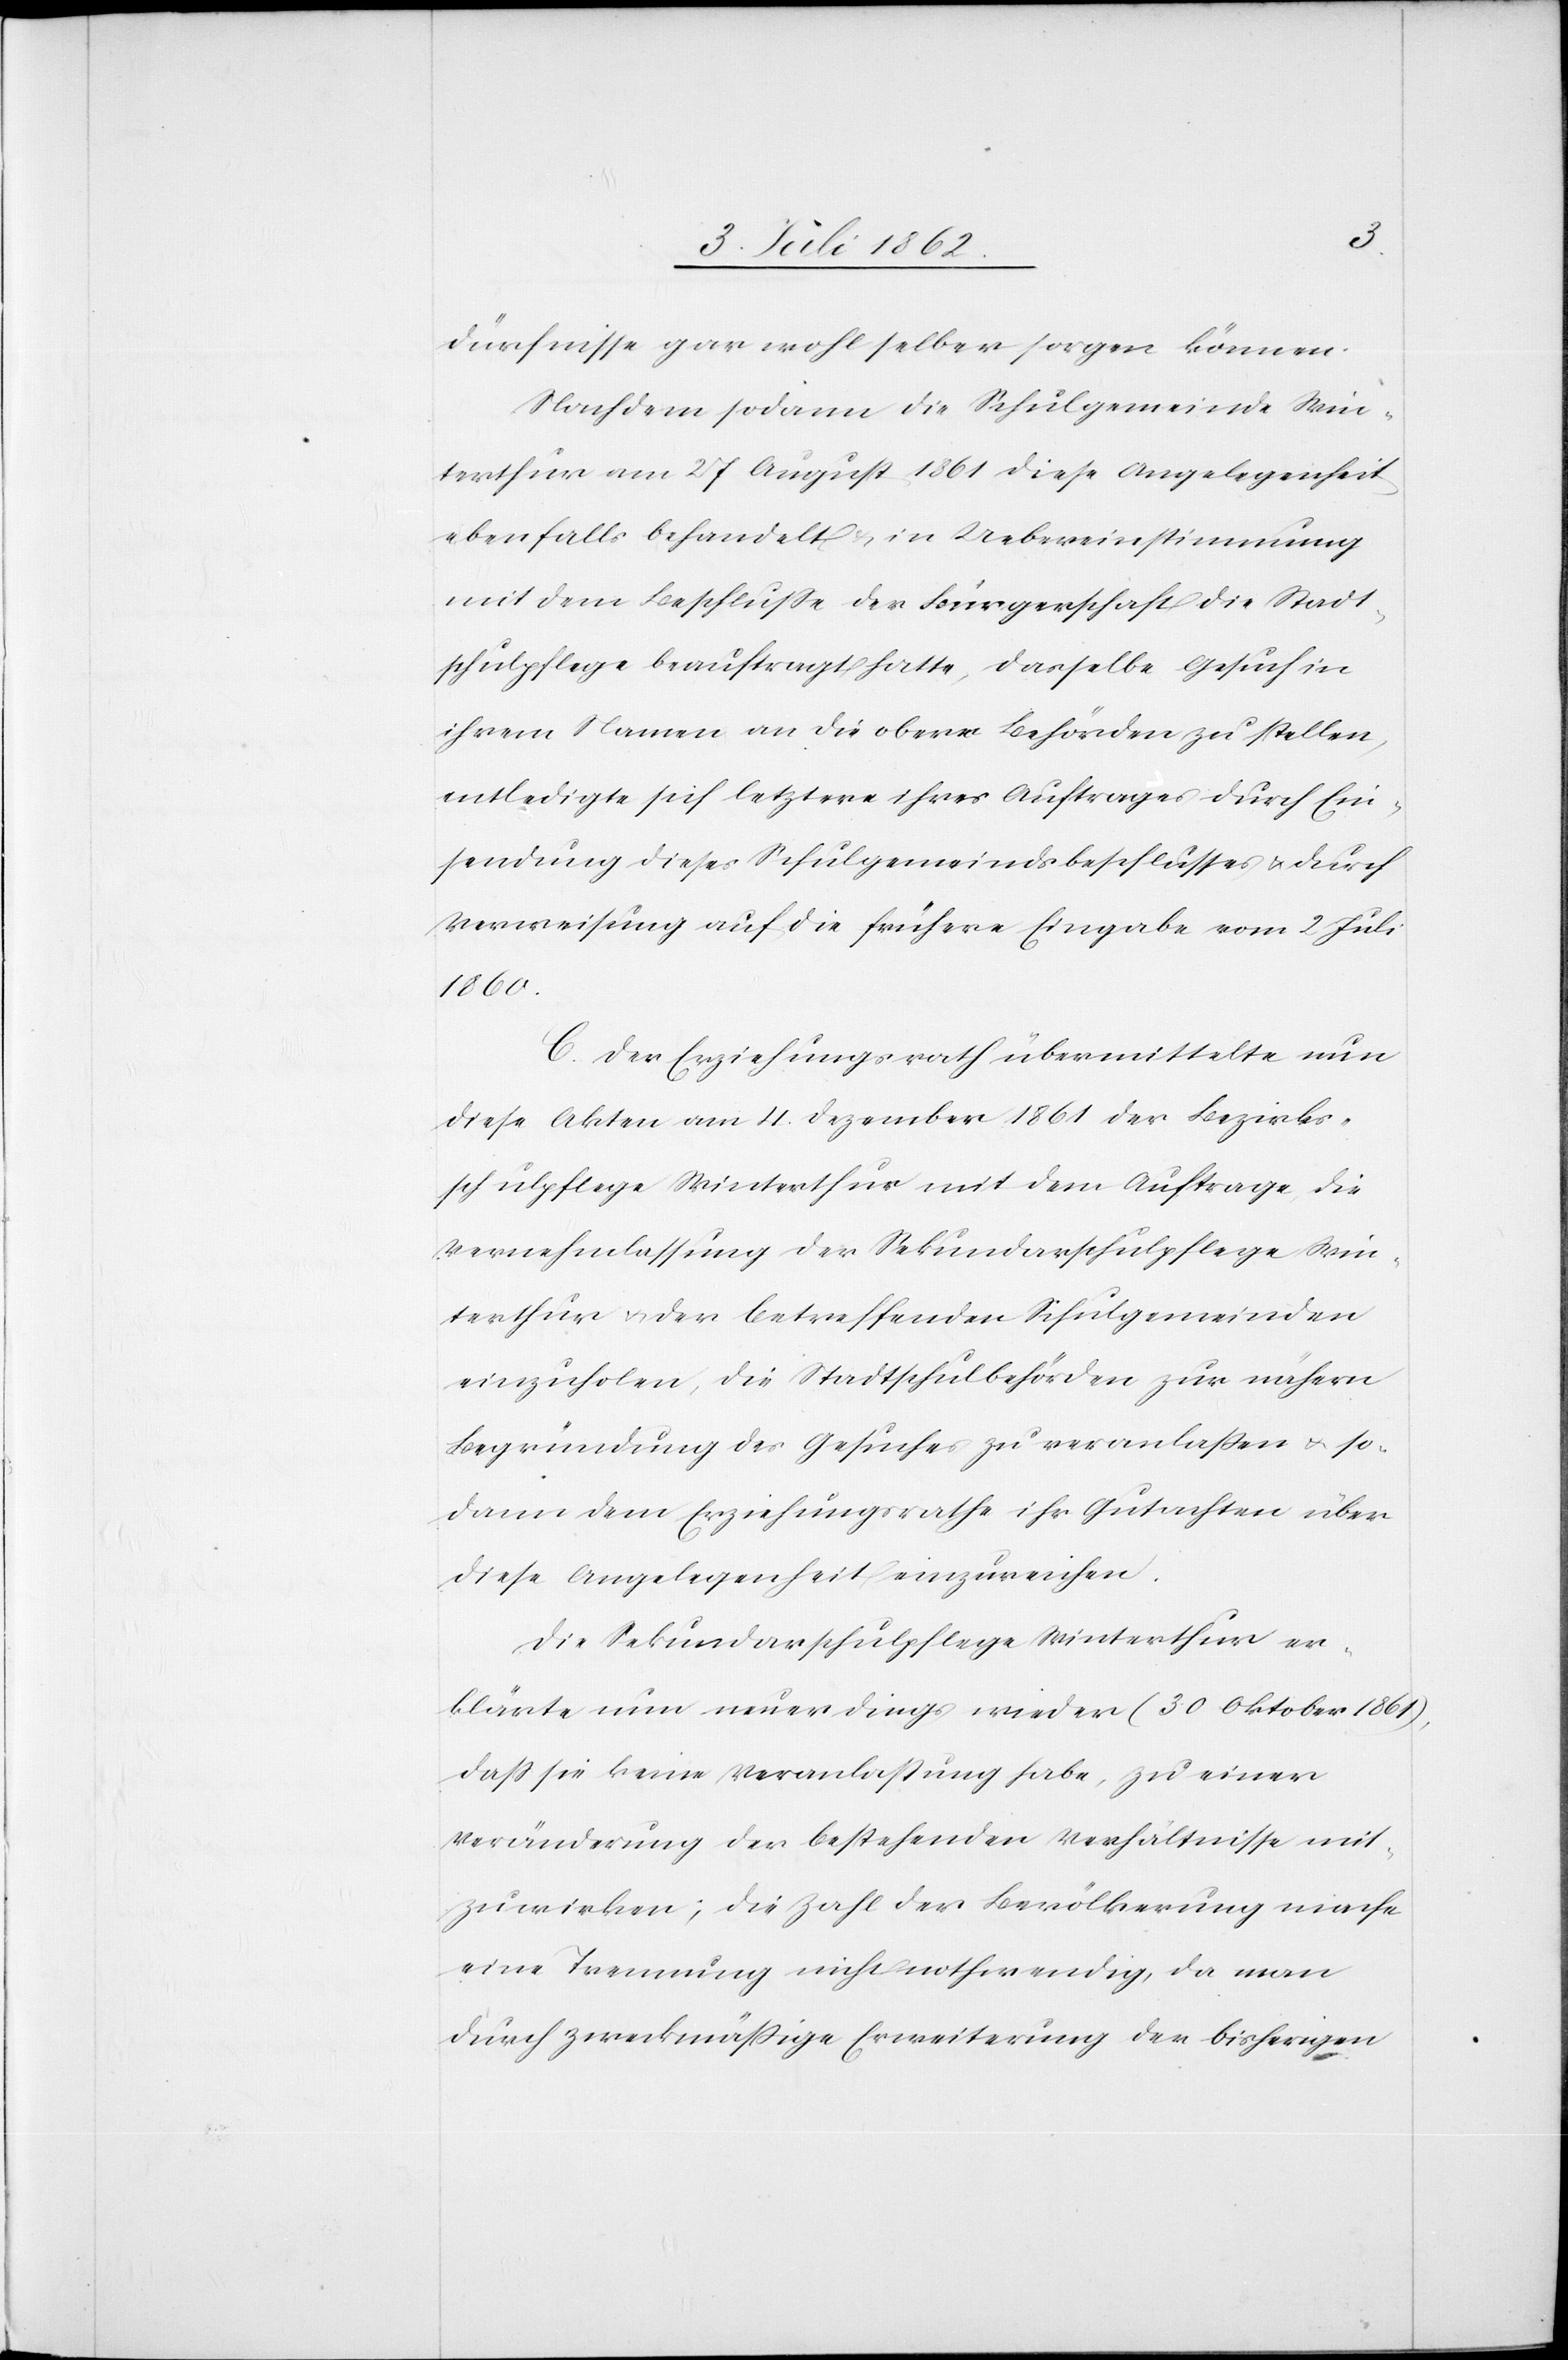
dürfnisse gar wohl selber sorgen können.
Nachdem sodann die Schulgemeinde Win¬
terthur am 27 August 1861 diese Angelegenheit
ebenfalls behandelt u. in Uebereinstimmung
mit dem Beschlusse der Bürgerschaft die Stadt¬
schulpflege beauftragt hatte, dasselbe Gesuch in
ihrem Namen an die obern Behörden zu stellen,
entledigte sich letztere ihres Auftrages durch Ein¬
sendung dieses Schulgemeindsbeschlusses u. durch
Verweisung auf die frühere Eingabe vom 2 Juli
1860.
C. Der Erziehungsrath übermittelte nun
diese Akten am 4. Dezember 1861 der Bezirks¬
schulpflege Winterthur mit dem Auftrage die
Vernehmlassung der Sekundarschulpflege Win¬
terthur u. der betreffenden Schulgemeinden
einzuholen, die Stadtschulbehörden zur nähern
Begründung des Gesuches zu veranlaßen u. so¬
dann dem Erziehungsrathe ihr Gutachten über
diese Angelegenheit einzureichen.
Die Sekundarschulpflege Winterthur er¬
klärte nun neuerdings wieder (30 Oktober 1861),
daß sie keine Veranlassung habe, zu einer
Veränderung der bestehenden Verhältnisse mit¬
zuwirken; die Zahl der Bevölkerung mache
eine Trennung nicht nothwendig, da man
durch zweckmässige Erweiterung der bisherigen